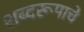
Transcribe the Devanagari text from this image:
शब्दरूपाचे